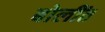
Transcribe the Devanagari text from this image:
बोलींत